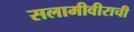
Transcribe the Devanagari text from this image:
सलामीवीराची